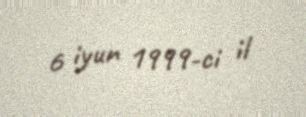
6 iyun 1999-ci il